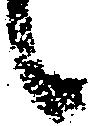
に